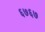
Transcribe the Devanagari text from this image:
६७६७